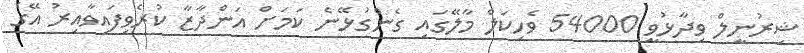
ޝިރުނީލް ވިދާޅުވީ 54000 ވެހިކަލް މާލޭގައި ގެންގުޅޭނެ ކަމަށް އަންދާޒާ ކުރެވިފައިވާއިރު އޭގެ